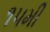
૧૫મી